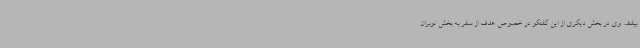
بیفتد. وی در بخش دیگری از این گفتگو در خصوص هدف از سفر به بخش نوبران